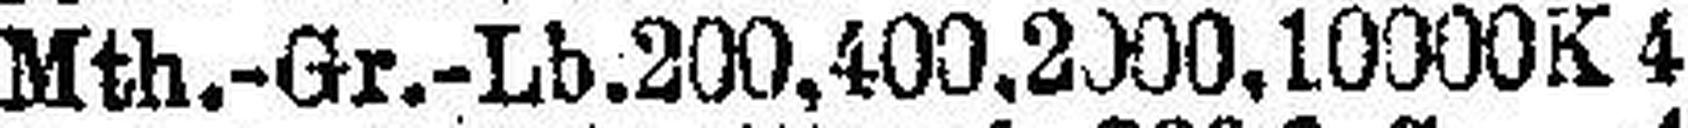
Mth.-Gr.-Lb. 200, 400, 2000, 10000K 4